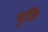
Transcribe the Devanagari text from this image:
पृति